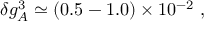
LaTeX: \delta g _ { A } ^ { 3 } \simeq ( 0 . 5 - 1 . 0 ) \times 1 0 ^ { - 2 } \ ,